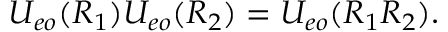
U _ { e o } ( R _ { 1 } ) U _ { e o } ( R _ { 2 } ) = U _ { e o } ( R _ { 1 } R _ { 2 } ) .